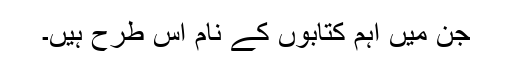
جن میں اہم کتابوں کے نام اس طرح ہیں۔